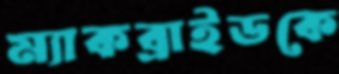
ম্যাকব্রাইডকে